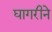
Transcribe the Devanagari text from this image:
घागरीने